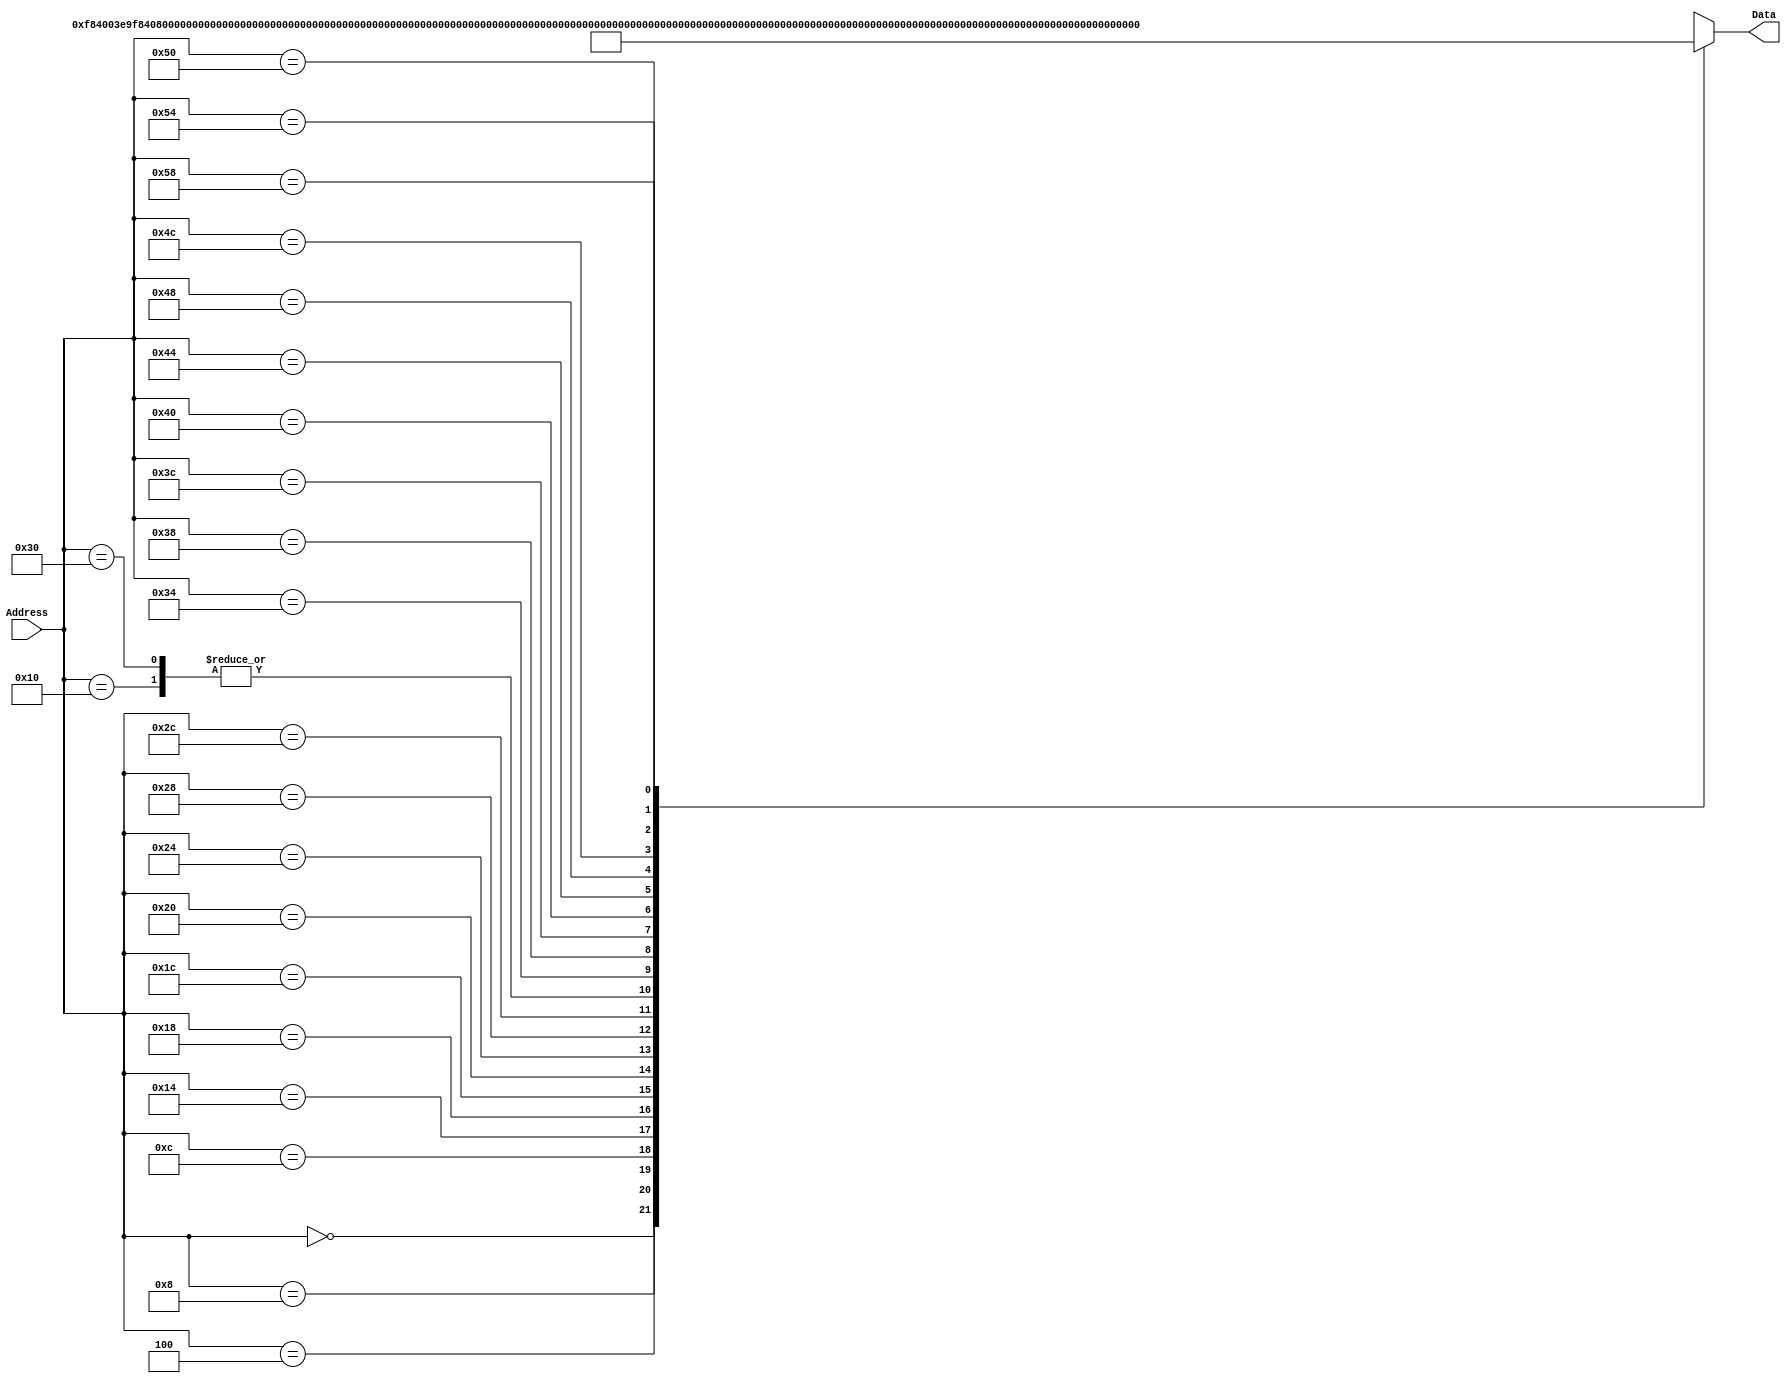
/*
 * Module: InstructionMemory
 *
 * Implements read-only instruction memory
 * 
 */
module InstructionMemory(Data, Address);
   parameter T_rd = 20;
   parameter MemSize = 40;
   
   output [31:0] Data;
   input [63:0]  Address;
   reg [31:0] 	 Data;
   
   /*
    * ECEN 350 Processor Test Functions
    * Texas A&M University
    */
   
   always @ (Address) begin

      case(Address)

	/* Test Program 1:
	 * Program loads constants from the data memory. Uses these constants to test
	 * the following instructions: LDUR, ORR, AND, CBZ, ADD, SUB, STUR and B.
	 * 
	 * Assembly code for test:
	 * 
	 * 0: LDUR X9, [XZR, 0x0]    //Load 1 into x9
	 * 4: LDUR X10, [XZR, 0x8]   //Load a into x10
	 * 8: LDUR X11, [XZR, 0x10]  //Load 5 into x11
	 * C: LDUR X12, [XZR, 0x18]  //Load big constant into x12
	 * 10: LDUR X13, [XZR, 0x20]  //load a 0 into X13
	 * 
	 * 14: ORR X10, X10, X11  //Create mask of 0xf
	 * 18: AND X12, X12, X10  //Mask off low order bits of big constant
	 * 
	 * loop:
	 * 1C: CBZ X12, end  //while X12 is not 0
	 * 20: ADD X13, X13, X9  //Increment counter in X13
	 * 24: SUB X12, X12, X9  //Decrement remainder of big constant in X12
	 * 28: B loop  //Repeat till X12 is 0
	 * 2C: STUR X13, [XZR, 0x20]  //store back the counter value into the memory location 0x20
	 */
	

	63'h000: Data = 32'hF84003E9;
	63'h004: Data = 32'hF84083EA;
	63'h008: Data = 32'hF84103EB;
	63'h00c: Data = 32'hF84183EC;
	63'h010: Data = 32'hF84203ED;
	63'h014: Data = 32'hAA0B014A;
	63'h018: Data = 32'h8A0A018C;
	63'h01c: Data = 32'hB400008C;
	63'h020: Data = 32'h8B0901AD;
	63'h024: Data = 32'hCB09018C;
	63'h028: Data = 32'h17FFFFFD;
	63'h02c: Data = 32'hF80203ED;
	63'h030: Data = 32'hF84203ED;  //One last load to place stored value on memdbus for test checking.

	/* Add code for your tests here */
	/*
	MOVZ X0, 0x1234, 48//shift all these values into the correct spots
	MOVZ X1, 0x5678, 36
	MOVZ X2, 0x9abc, 16
	MOVZ X3, 0xdef0, 0
	ADD X9, X0, X1//add all those movz layers together
	ADD X9, X9, X2
	ADD X9, X9, X3
	ORR X11, XZR, 0x28//assign address 0x28 to x11
	STUR X9, [X11, 0]//store x9 into 0x28
	LDUR X10, [X11, 0]//load value at x11 (0x28) to x10
	*/

	63'h034: Data = 32'b11010010111000100100011010000000;//all commands above converted to machine code
	63'h038: Data = 32'b11010010110010101100111100000001;
	63'h03c: Data = 32'b11010010101100110101011110000010;
	63'h040: Data = 32'b11010010100110111101111000000011;
	63'h044: Data = 32'b10001011000000000000000000101001;
	63'h048: Data = 32'b10001011000010010000000001001001;
	63'h04c: Data = 32'b10001011000010010000000001101001;
	63'h050: Data = 32'b10110010000000001010001111101011;
	63'h054: Data = 32'b11111000000000000000000101101001;
	63'h058: Data = 32'b11111000010000000000000101101010;
	
	default: Data = 32'hXXXXXXXX;
      endcase
   end
endmodule